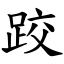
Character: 跤